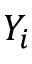
Y _ { i }